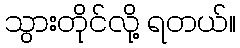
သွားတိုင်လို့ ရတယ်။